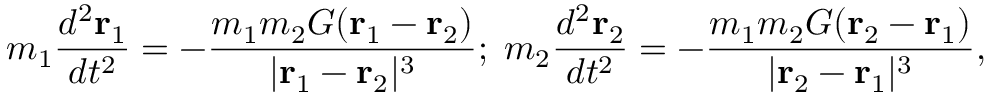
m _ { 1 } { \frac { d ^ { 2 } { \mathbf { r } } _ { 1 } } { d t ^ { 2 } } } = - { \frac { m _ { 1 } m _ { 2 } G ( { \mathbf { r } } _ { 1 } - { \mathbf { r } } _ { 2 } ) } { | { \mathbf { r } } _ { 1 } - { \mathbf { r } } _ { 2 } | ^ { 3 } } } ; \; m _ { 2 } { \frac { d ^ { 2 } { \mathbf { r } } _ { 2 } } { d t ^ { 2 } } } = - { \frac { m _ { 1 } m _ { 2 } G ( { \mathbf { r } } _ { 2 } - { \mathbf { r } } _ { 1 } ) } { | { \mathbf { r } } _ { 2 } - { \mathbf { r } } _ { 1 } | ^ { 3 } } } ,